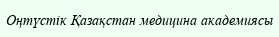
Оңтүстік Қазақстан медицина академиясы